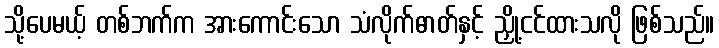
သို့ပေမယ့် တစ်ဘက်က အားကောင်းသော သံလိုက်ဓာတ်နှင့် ညှို့ငင်ထားသလို ဖြစ်သည်။